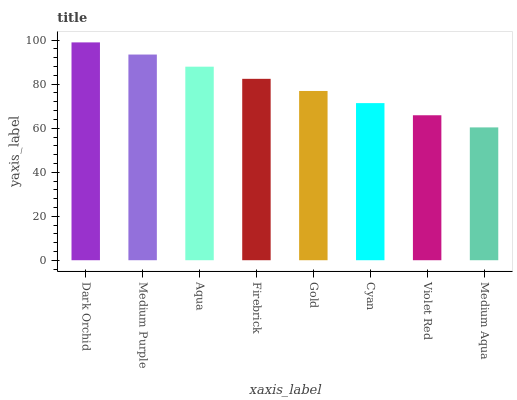
| xaxis_label | bars |
 | --- | --- |
 | Dark Orchid | 99 |
 | Medium Purple | 93.5 |
 | Aqua | 88 |
 | Firebrick | 82.4 |
 | Gold | 76.9 |
 | Cyan | 71.4 |
 | Violet Red | 65.9 |
 | Medium Aqua | 60.4 |